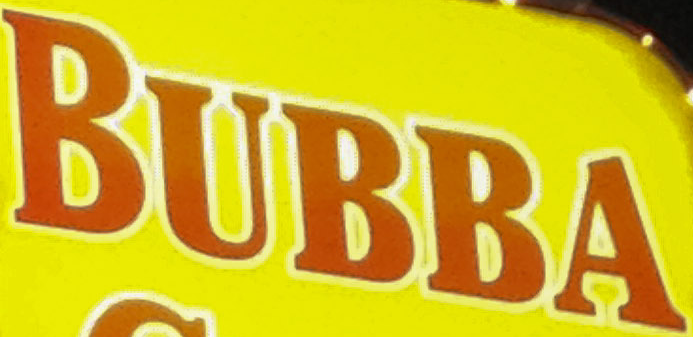
BUBBA